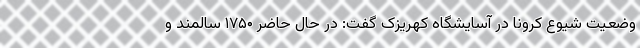
وضعیت شیوع کرونا در آسایشگاه کهریزک گفت: در حال حاضر ۱۷۵۰ سالمند و